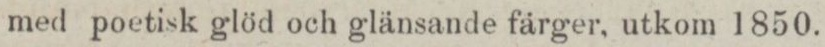
med poetisk glöd och glänsande färger, utkom 1850.